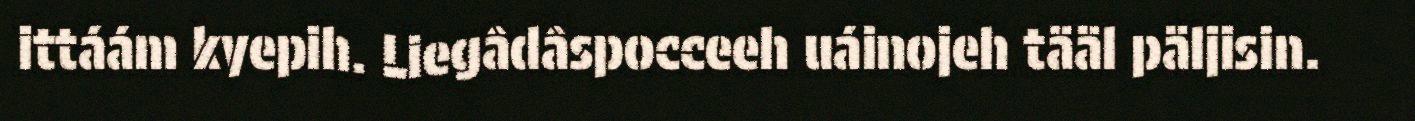
ittáám kyepih. Liegâdâspocceeh uáinojeh tääl päljisin.